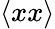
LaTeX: \langle xx\rangle